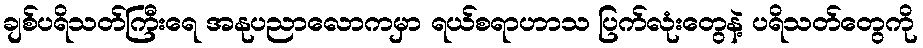
ချစ်ပရိသတ်ကြီးရေ အနုပညာလောကမှာ ရယ်စရာဟာသ ပြက်လုံးတွေနဲ့ ပရိသတ်တွေကို